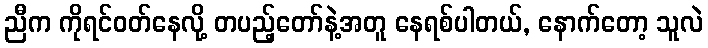
ညီက ကိုရင်ဝတ်နေလို့ တပည့်တော်နဲ့အတူ နေရစ်ပါတယ်, နောက်တော့ သူလဲ